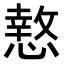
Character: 𭞫